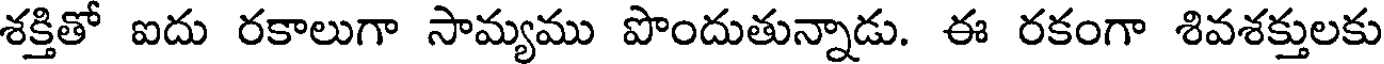
శక్తితో ఐదు రకాలుగా సామ్యము పొందుతున్నాడు. ఈ రకంగా శివశక్తులకు